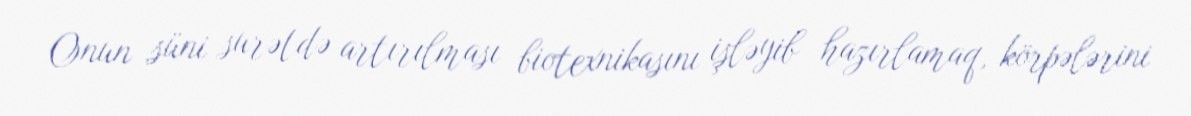
Onun süni surətdə artırılması biotexnikasını işləyib hazırlamaq, körpələrini